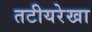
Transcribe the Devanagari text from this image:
तटीयरेखा